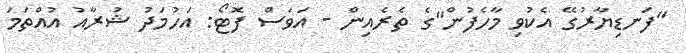
"ފަނޑިޔާރުގޭ އެކުވި މާހެފުން"ގެ ތެރެއިން - އަވަސް ފޮޓޯ: އަހުމަދު ޝުރާއު އުއްތަމަ